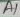
Text: A1